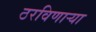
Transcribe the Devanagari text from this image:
ठरविणार्‍या